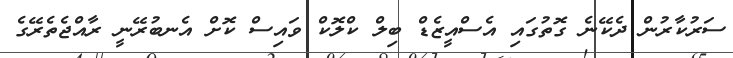
ސަރުކާރުން ދެކޭނެ ގޮތުގައި އެސްއީޒެޑް ބިލް ކްލޮކް ވައިސް ކޮށް އެނބުރޭނީ ރާއްޖެތެރޭގެ